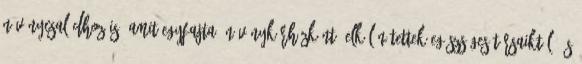
növénycsaládhoz is, amit egyfajta „növénykórházként” elkülönítettek egészséges társaiktól, és